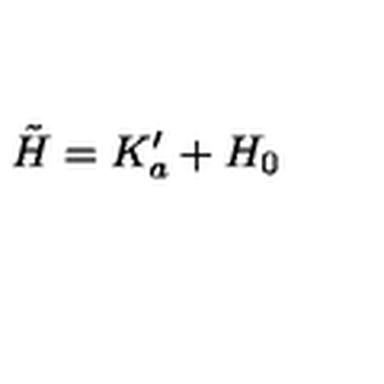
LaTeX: \tilde { H } = K _ { a } ^ { \prime } + H _ { 0 }